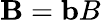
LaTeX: \mathbf{B}=\mathbf{b}B